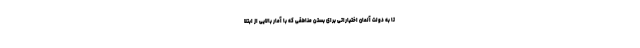
تا به دولت آلمان اختیاراتی برای بستن مناطقی که با آمار بالایی از ابتلا